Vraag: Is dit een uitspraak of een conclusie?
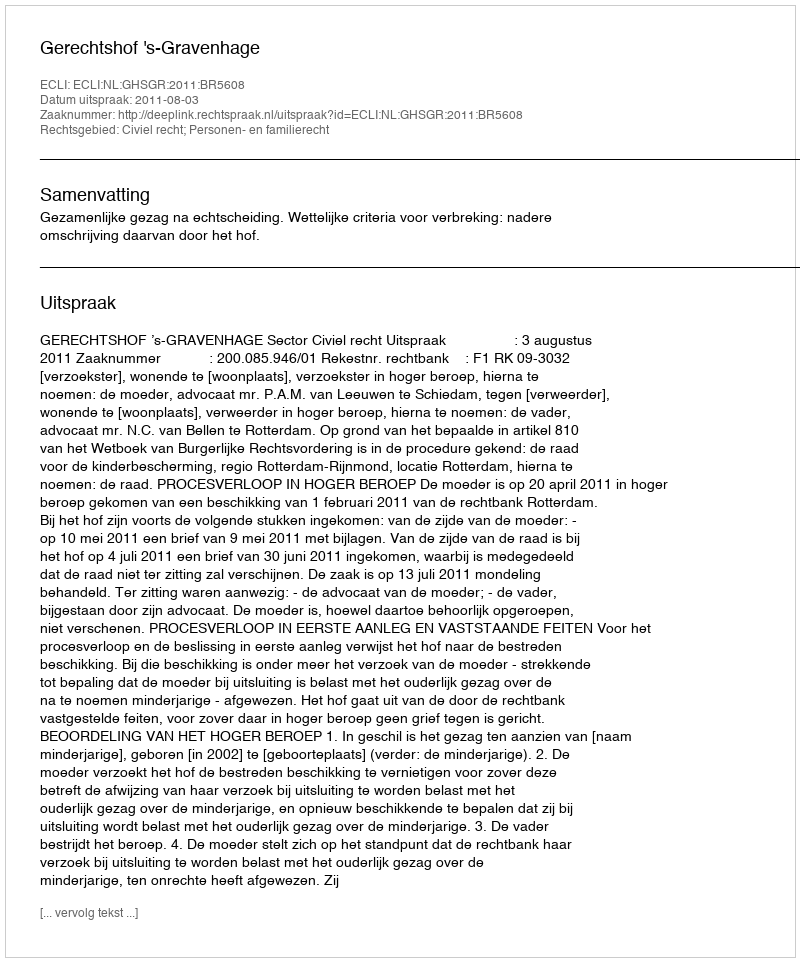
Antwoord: Uitspraak